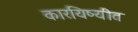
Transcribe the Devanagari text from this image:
कारयिष्यीत